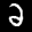
Label: 2